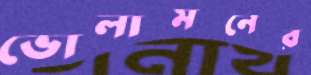
ভোলামনের